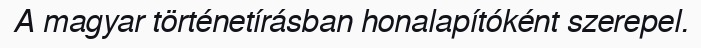
A magyar történetírásban honalapítóként szerepel.